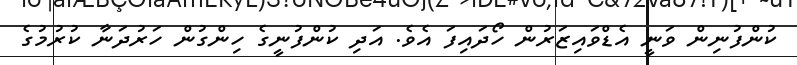
ކުންފުނިން ވަނީ އެޑްވައިޒަރުން ހޯދައިފަ އެވެ. އަދި ކުންފުނީގެ ހިންގުން ހަރުދަނާ ކުރުމުގެ